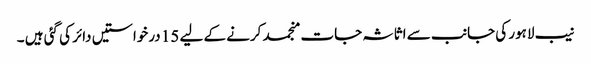
نیب لاہور کی جانب سے اثاثہ جات منجمد کرنے کے لیے 15 درخواستیں دائر کی گئی ہیں ۔